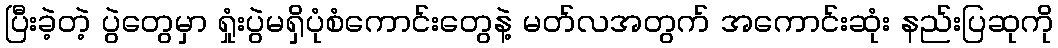
ပြီးခဲ့တဲ့ ပွဲတွေမှာ ရှုံးပွဲမရှိပုံစံကောင်းတွေနဲ့ မတ်လအတွက် အကောင်းဆုံး နည်းပြဆုကို